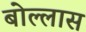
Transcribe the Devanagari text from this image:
बोल्लास